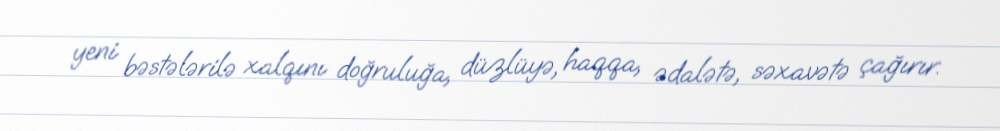
yeni bəstələrilə xalqını doğruluğa, düzlüyə, haqqa, ədalətə, səxavətə çağırır.